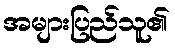
အများပြည်သူ၏